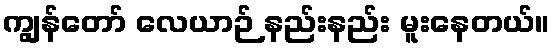
ကျွန်တော် လေယာဉ် နည်းနည်း မူးနေတယ်။